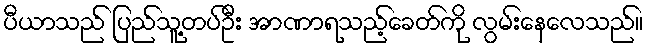
ပီယာသည် ပြည်သူ့တပ်ဦး အာဏာရသည့်ခေတ်ကို လွမ်းနေလေသည်။